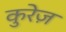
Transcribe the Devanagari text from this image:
कुरेज़